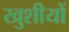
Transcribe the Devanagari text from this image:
खुशीयों